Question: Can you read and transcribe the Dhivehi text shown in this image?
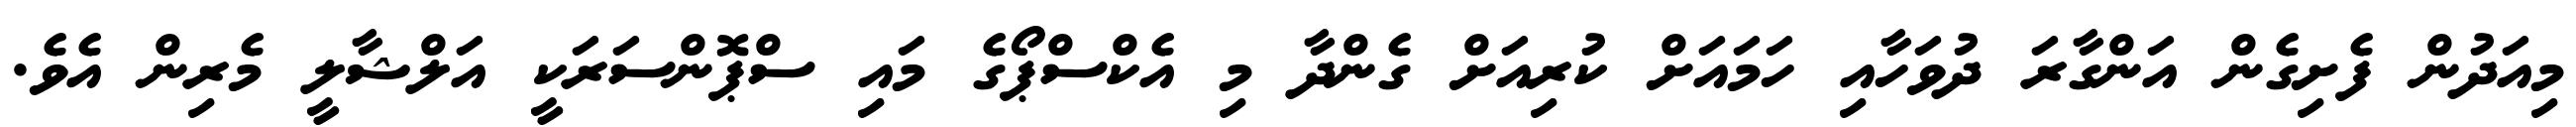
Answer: މިއަދުން ފެށިގެން އަންގާރަ ދުވަހާއި ހަމައަށް ކުރިއަށް ގެންދާ މި އެކްސްޕޯގެ މައި ސްޕޮންސަރަކީ އަލްޝާލީ މެރިން އެވެ.